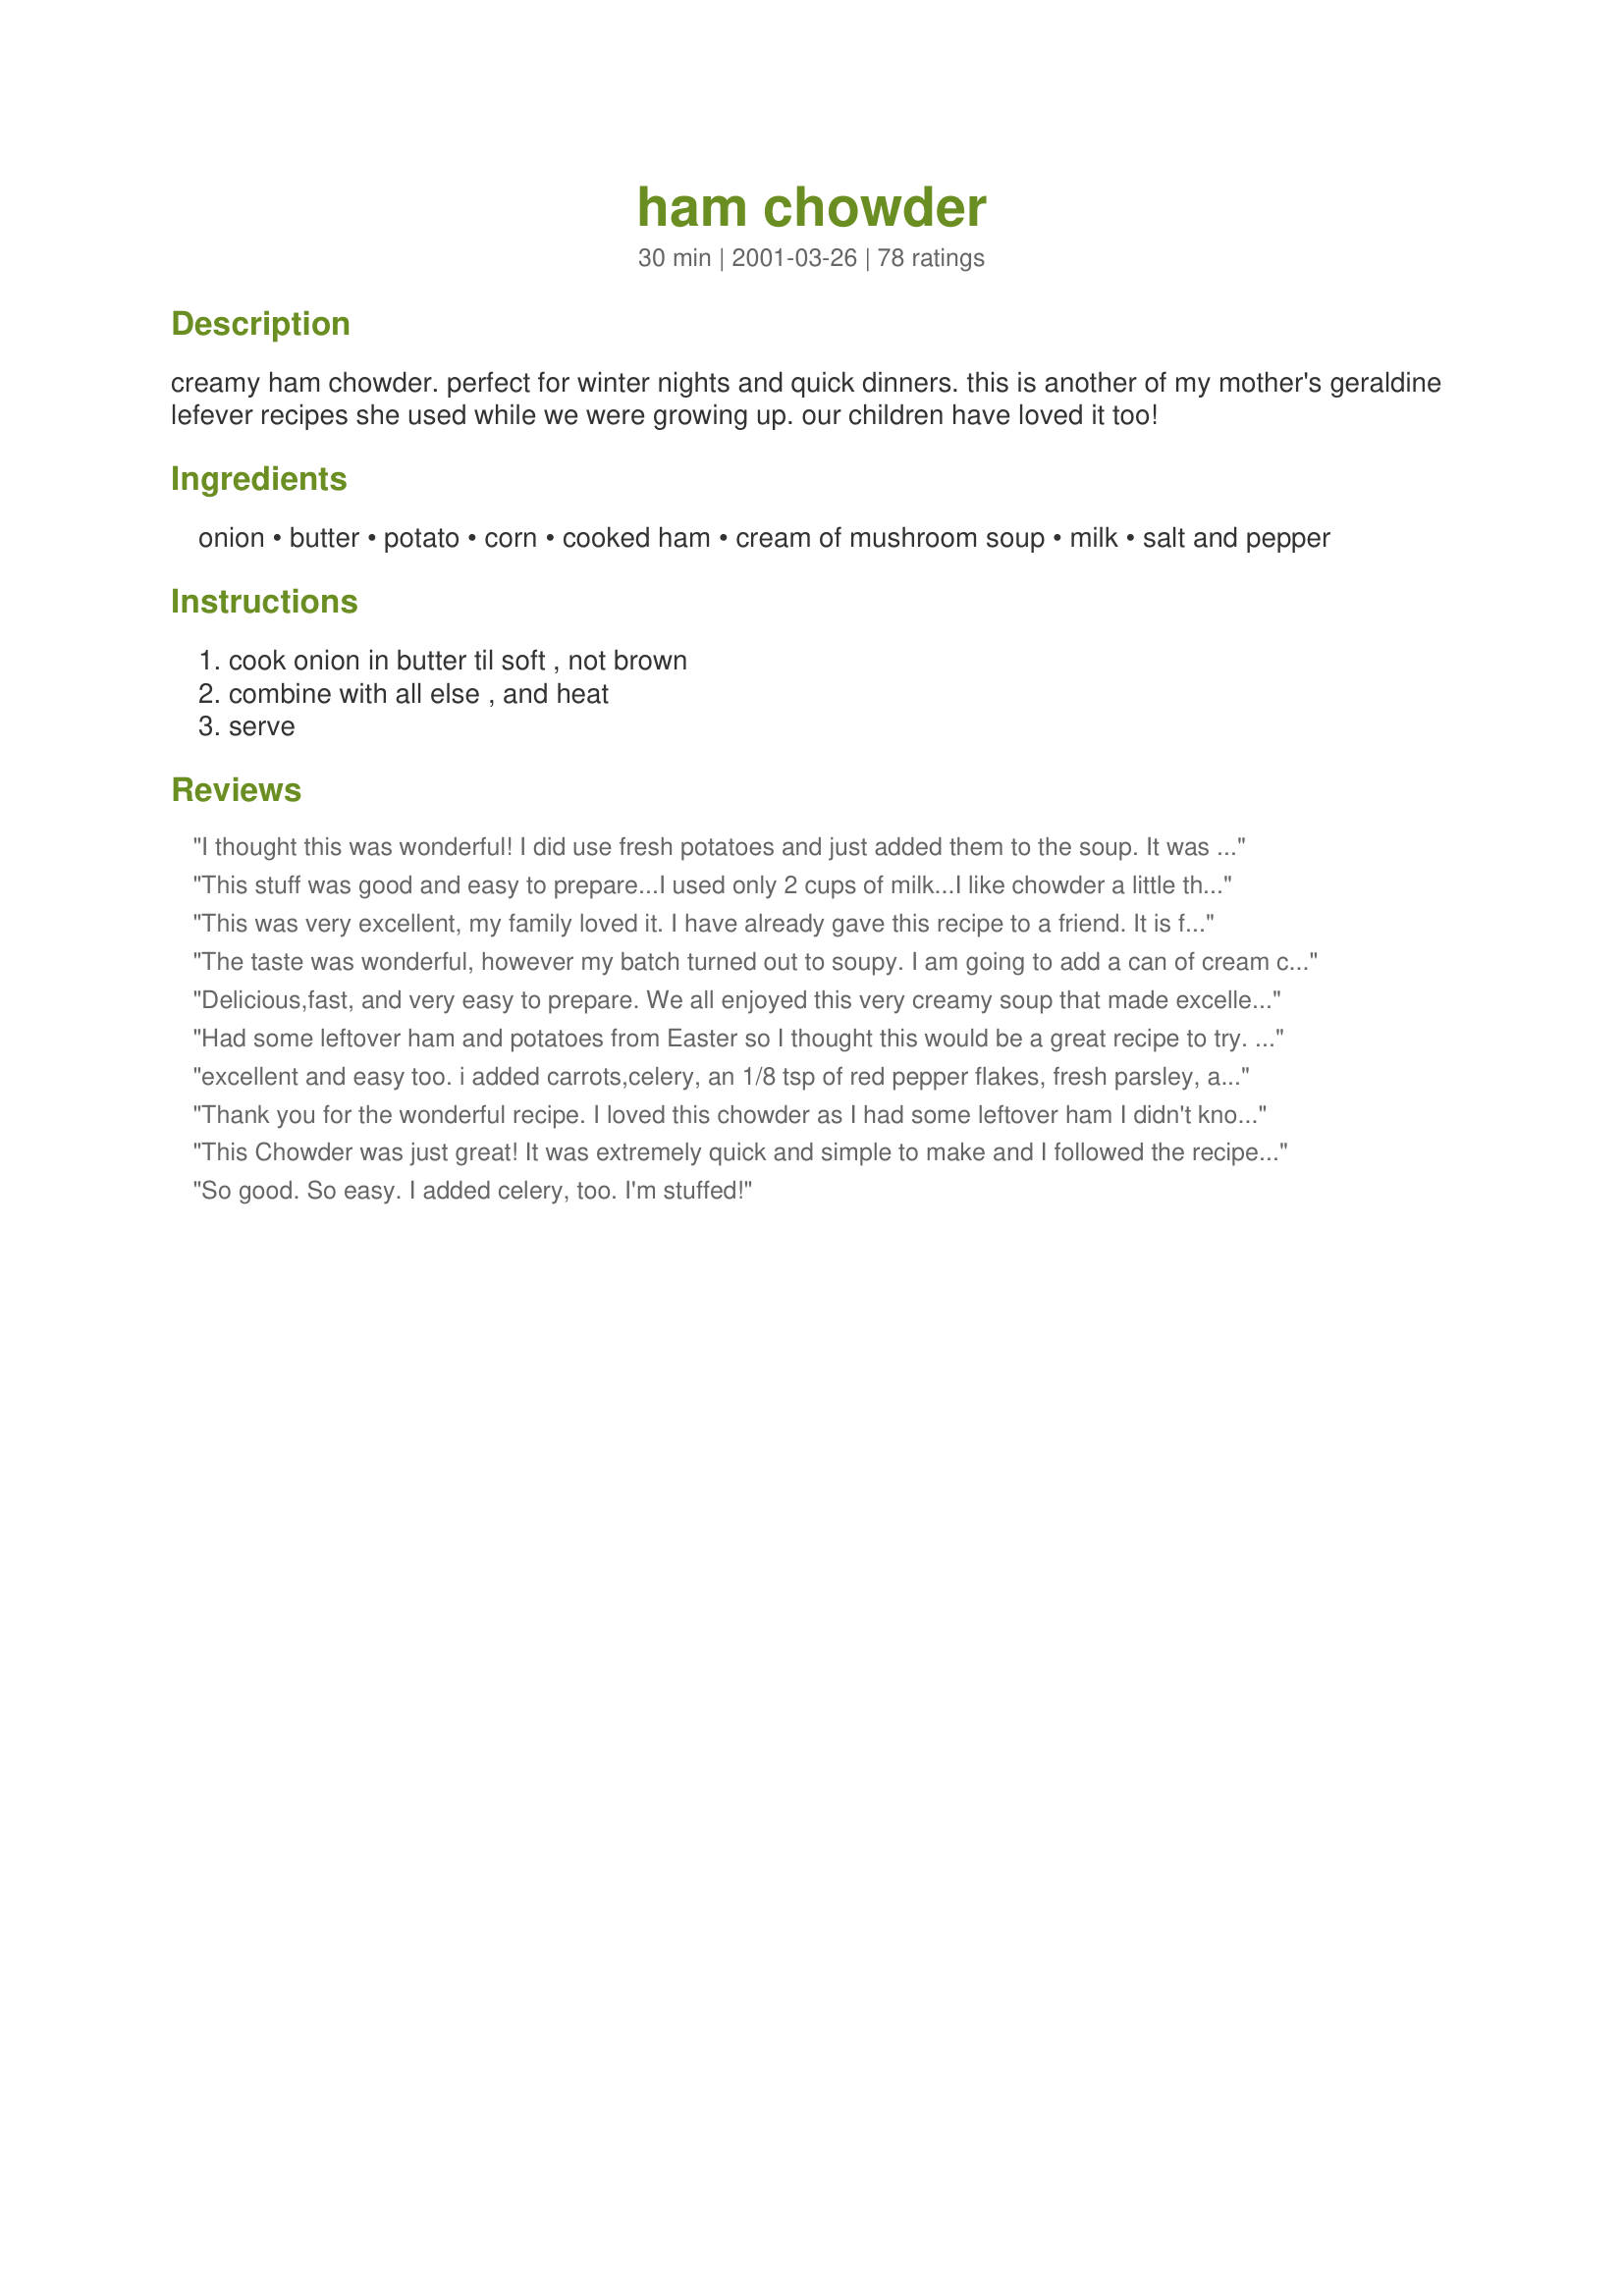
ham chowder
Preparation time: 30 minutes

creamy ham chowder. perfect for winter nights and quick dinners. this is another of my mother's geraldine lefever recipes she used while we were growing up. our children have loved it too!

Ingredients:
onion, butter, potato, corn, cooked ham, cream of mushroom soup, milk, salt and pepper

Steps:
cook onion in butter til soft , not brown, combine with all else , and heat, serve

Reviews:
I thought this was wonderful! I did use fresh potatoes and just added them to the soup. It was great! I also put a little cheese on top. So yummy! This one is a keeper!
Thansk!
This stuff was good and easy to prepare...I used only 2 cups of milk...I like chowder a little thicker...If I make it again, I will cut the milk back even more...Thanks for a good meal...
This was very excellent, my family loved it.
I have already gave this recipe to a friend.
It is fast and easy to make, short cooking time and makes a great meal if you are in a hurry,
I added celery very thinly chopped and a cooked 2 carrot diced with the potato, to add color and taste to the dish. I used red potato keeptthe skin.
The taste was wonderful, however my batch turned out to soupy. I am going to add a can of cream corn to try to thicken up the left overs.
Delicious,fast, and very easy to prepare. We all enjoyed this very creamy soup that made excellent use of leftover ingredients (holiday ham, corn, potatoes etc). I didn't change a thing. Thanks!
Had some leftover ham and potatoes from Easter so I thought this would be a great recipe to try. It was definitely the right choice! After reading the other reviews, I used a can of creamed corn, canned milk, a little chopped celery and added two slices of American cheese. The results were really terrific! Very creamy and rich. So easy!
excellent and easy too. i added carrots,celery, an 1/8 tsp of red pepper flakes, fresh parsley, and chives. good chowder
Thank you for the wonderful recipe. I loved this chowder as I had some leftover ham I didn't know what I was going to do with. I ended up using 1 /12 - 2 cup of ham. I also used FF Half and Half to make a little creamier. It ended up a little too thick (though still delicious) so I would probably use 1/2 milk and 1/2 Half and Half next time. It was great that it was so easy. I anticipate making this regularly.
This Chowder was just great! It was extremely quick and simple to make and I followed the recipe pretty much, but added some grated carrot. I used leftover cottage roll, (minced) it in my food processor. I have shared this recipe with several friends.
So good. So easy. I added celery, too. I'm stuffed!
Great use for leftover ham. Delicious, simple, quick.....I used a can of cream corn and used some chicken broth to cook my potatoes in...No further addition of milk was necessary. This was a perfect Saturday night dinner...Thanks for a great recipe!!!
This is so good! I had to change some things though: we didn't have any potatoes, so I left them out (which was just fine!) While cooking the onion (no butter) I also cooked some green pepper. For the ham, I used julienned ham strips (they came that way!). Also, I only used 2 cups of milk (next time I'll use less). I added a dash of crushed red pepper flakes as well. (I followed a lot of people's suggestions!) It turned out delicious! Thanks for posting!
I had leftover ham to use and I made this and the whole family loved it!! My DH even had two bowls and he is a picky eater. I doubled the recipe (good thing since we only had a little bit left) I will be making this again. Thanks!
A great way to use up a few Easter dinner leftovers!
This was a wonderfully quick & tasty chowder. My husband really enjoys chowders, but he likes them chalked full, so I doubled the ham & the potatoes, while leaving the other ingredients the same. We really enjoyed this. I did make some minor changes, similar to the ones others have made. I decided to try cream of asparagus soup instead. I also only had cream corn, so I used that. I then only used 2 cups of milk. This is truely a versitile recipe.
This is only ok. Recipe #262140 Cheesy Ham and Potato Soup is way better.
We love this soup!! Thank you for posting. I, too, didn't use milk and just used the water that the potatoes cooked in, for the desired nutrients. It was still very creamy. I added all the other ingredients to the potato pot, throwing in some extra veggies as well (diced green bell pepper and frozen peas). Like some of the other reviewers, I also used creamed corn instead of regular, fat-free instead of regular mushroom soup, EVOO instead of butter, and some low fat shredded cheese to top it. I added a little cayenne pepper for kick too. This soup was a big hit! I'm sure I'll be making this over and over again. :)
I liked this chowder okay.. but my husband hated it. I thought it tasted more like cream of mushroom and corn, but my husband thought it tasted like hot milk and onions. I won't be making it again, for his sake.
Great recipe for leftover ham. Delicious & easy. I also added celery, but also added fresh parsley & a few shots of hot sauce at the end.
A very good soup and a great way to use leftover ham. I used only 1/4 cup of onions (personal preference)...otherwise I followed the recipe as posted. A comforting soup!
Simple to put together but doesn't taste like a thrown together meal. Made it as directed, but I can see that this is one where if you have some vegetables in the crisper that you need to use up, it would work well for that too. Definitely going to put this one into rotation
This was easy to make since I had everything on hand. My family just didn't go crazy over it. We added cheese to give it a little extra flavor.
This was so quick, easy, and FABULOUS! My 8 year old raved, and my DH had thirds and took it to work today. I did not follow the recipe exactly, but close. Added and used what I had in my fridge to the basic ingredients found here. I, too, cut back on the liquid
Very yummy! Made a double batch so hubby could take some to work the next day...wasn't enough left!
My family loved this. It was so easy to make. I followed most of the recipe, but added celery as someone else recommended. I wanted a little more soup than it made, so I added a little more of each thing and a can of cream of celery. I also used raw potatoes and browned them a little in the butter with the onions. I was so pleased with the taste. The ham was definatley a strong flavor in this. Thank you for posting this. It was easy to follow, but also easy to alter for my family.
The husband gobbled it up and went back for seconds...that RARELY happens! Even the 6 year old took a few bites w/o dying. I followed Mystery Girl and added 1 can of cream of corn in place of drained corn and only 1 cup of milk. YUM.
Wonderful soup! Great tasting and easy to make!This is the kind of recipe that makes me LOVE Recipezaar! Thanks for sharing!
Thank you for sharing this great recipe! I did make some changes to use up my Easter leftovers~ I boiled the ham bone and used some of the water and I added my mashed potatoes (2 1/2 cups)instead of the cream of mushroom soup. Other than that, I followed your directions and it is great!
This is great. I added a handful of chopped green peppers and some fresh mushrooms with the onions. Also, after I started making this I discovered that there wasn't any milk, so I used frozen creamed corn instead of regular corn for creaminess and then added some of the water from cooking the potatos. This is a wonderful dish and I have now made it twice this week to use up leftover ham.
This was a different and tasty way to use up some of that leftover ham from Christmas. My husband loved it. The children liked it too. It is hard for me to find something that everyone in the house likes, but this did it. It was very creamy and so easy to put together! Thanks for the great new soup.
This was very goo. My husband and daughter loved it, no leftovers to speak of.
I loved this recipe, giving it 4 stars because I added some extras. first I used one whole sweet onion, left out the potatoes, added more corn and ham, used 2 cans of mushroom soup. I wanted it thicker so I added a little heavy cream, seasoned with garlic powder, salt, pepper and Tony's Creole. Also added about 1 T of cream cheese and a touch of sugar to even out the flavors. I sent a bowl to my husband's grandmother who is in the hospital right now and she raved about it. Thanks for a great base recipe that is forgiving when you play around with the ingredients. I will make this again.
ditto everyone else's positive comments. this soup was simple and perfect. i used about a cup of half n half instead of milk to make it creamier and added some grated carrot and cheddar. everyone should try this chowder, it's that good.
I used skim milk and reduced fat cream of mushroom soup and it was still creamy and delicious! Thank you for sharing, I really enjoyed this.
I do not eat chowder so I was courious to how my family would like it. It was so easy and everyone loved it!! It is truly the perfect size batch for using up left overs in a creative way!!!
I was searching for soups,stews and chowders to use up my left over ham ( on bone) and I am going to try this one. There are alot of eye catching recipes, but I have all this on hand. A great way to use up the last of that bag of potatoes and use some of that home grown frozen corn I worked so hard on ! I will use the advice on the milk, and add it a little at a time for preferred consistancy. I am boiling the ham off the bone so there will be some natural ham broth in my chowder. I'll post for other viewers. THanKs !
Just like my mom made. A little too milky. Next time I'll add more potatoes. Comfort food.
Made this last night. Absolutely wonderful! Used extra taters, and ham, and milk (I wanted more then just four servings), also, added a couple of good shakes cayenne pepper for a little zing. Grated come gruyere over the top of my steaming bowl and had with two pieces of some really good garden vegetable wheat toast. Perfect!
I made this for my family, and friends, and they raved about it. Very easy to make, and tastes great. Thanks for sharing.
Of course this is great! I loved it when you first made it for me 33 years ago. All my family enjoys this recipe. Thanks dear friend! Elaine
My favorite kind of recipe,easy quick,filling and yummy!We enjoyed it very much just as written,and it is nice to know I can play with it and add other ingredients without ruining the recipe!
I made this last night for dinner. My family liked it and I will make again as it was simple and quick to prepare. I didn't use as much ham as asked for only because I didn't have enough. I will make this again on those game night when time is tight. Thank you for posting.
A "must have" for leftover ham!
Deliciuos! I used a little less milk so it would be thicker and added some cheese and scallions before serving.
I LOVE this chowder! It is so quick, easy and delicious. Made with left-over ham, it's very economical as well. Everyone loved this. Thanks Ann, for a great way to use up left-over ham.
I tried this recipe with my leftover ham from Christmas. It was very quick and easy to make. I added peppers and carrots. My family enjoyed it very much!
Very easy to prepare and delicious. What a wonderful way to use leftover ham and potatoes. Thanks for posting!
Prepared as written but found the result to be rather bland. All my ingredients were high grade - the ham wasn't leftover, I actually removed the portion needed for this before we ate the remainder on New Year's day. The basis of the recipe is okay, it just needs doctoring. So actually I'll say thanks for the recipe - I will be using it as a step-off point.
Excellent! Instead of the cooked potatoes, I used 3/4 cup of instant potato flakes. I like my chowders thicker, and this made it nicely thick. I also used 2 cups of ham because I am a 250lb meat eater. The amount of pepper I used was 1/2 teaspoon. My wife thought it was a little too hot, but I thought it was just right. Thanks for the keeper.
What a lovely soup! I had no corn (whoops!), so I subbed frozen peas. Like other reviewers, I've put the potatoes in raw and let them cook for an hour. I also has some leftover celery and cauliflower that needed to be used up, so they were tossed in. Great meal! I think I may add some paprika next time. Thanks so much!
This was awsome! I have never had chowder before and wasnt sure if i was going to like it, but it was great! i used a can of creamed corn, and filled up the soup can with milk and that was perfect. Topped with a sprinkle of cheddar and chopped parley flakes. Excellent way to use up ham. Thanks, i will def make this again.
Very simple soup but tasty. I cooked the potato in the soup. I added a little arrow root to thicken and a little bit of thyme. Topped it with bacon bits and sharp cheddar. Oh, I did use cream corn instead of regular corn, as was suggested. 

If you want to cut the calories, I made this with skim milk (2c)and reduced fat cream of mushroom. The ham I used was Healthy Choice from the deli, cut off in one thick slice. They only had the sweet ham and I wanted smoked but I was afraid the salt would be too much.
THIS IS GREAT. MY HUSBAND LIKES CLA CHOWDER, I DO NOT. WE BOTH LOVE HAM, AND THIS WAS SOOOOO GOOOOD. I EVEN PLAN ON SERVING IT ON SUPER BOWL SUNDAY. MY GUESTS WILL LOVE IT TOO.
THANK YOU FOR SHARING THIS WITH ALL OF US.
BLESS YOU,
DEBRA TOTH

My DH says this is his favorite soup now. I put my potatoes in raw as someone else had mentioned, and just let the potatoes cook with the soup. I put it all together and let it cook on low for about an hour. Great way to use leftover ham. Thanks for sharing such a wonderful family recipe :)
This recipe was really easy and tasty. I was afraid with such few ingredients, it wouldn't have any taste, but it was great. I had to let it cook down a bit so that it would be thicker, but I didn't add a thing. Thanks for sharing!
I made this last night on a cold winter eve, after a day of Christmas shopping, putting up the Christmas tree, and drinking eggnog. It was perfect for this occasion - a warm, hearty, comforting chowder, that was a breeze to put together, and tasted delicious! I made this, just as directed, with some added spices and a few dashes of hot sauce. Wonderful, easy, homemade-tasting chowder - Mmmmmm!
This was really delicious, although I don&#039;t use canned soup, so I added extra butter and flour with the saut&eacute;ed onions, as well as chopped mushrooms and peppers. I didn&#039;t have any cooked potatoes on hand, so I just diced them very small and boiled for an extra 10 minutes until tender. This is going in the regular rotation!
I loved how easy this was! very yummy. Used creamed corn and added some bell pepper. Thanks for posting.
We liked this very much. Quick and easy. Thanks for posting.
For ease of preparation and cleanup, I microwaved the potatoes, then quartered them and added to the chowder. It turned out great. Very flavorful. For dinner, all I needed was a small bowl of this and a glass of Diet Coke!
Wonderful! Made it tonight with leftover Christmas ham. My entire family loved it. Will make again.
Wonderful! We really enjoyed this. Another family favourite.
This was way too easy and tastes awesome! Everyone loved it! I doubled the recipe and used a can of cream corn instead of second can of corn. I may have added a little to much water because I had to thicken it with some corn starch. Super easy and sooo creamy!! The possibilities on variations is endless! This is a keeper, thank you for posting.
Isn't Campbells great? This is a soup for real women with real lives (and zero time.)
I looked at the clock, and realized starting a regular dinner was out of the question. This soup came to the rescue and did it well.

I used sweet potatoes, just because I thought they would add a little color and sweetness that would go well with the ham. They did.

I also used 1 can evaporated milk and for the rest of the 2 1/2 cups milk I used 1/2 and 1/2 because I was out of milk. It was nice and creamy as a result (probably not as healthy.)

I didn't try this, but next time I'll try adding a little red bell pepper or pimento.

I garnished the soup with grated cheddar cheese, and it was extra yummy in combination.

Thanks for one of those save your day recipes for when your back's to the wall.
This is a wonderful so easy recipe to make, it was absolutly delicious. My husband raved about it, and how good it would taste with shrimp or chicken also. If you love chowder, you won't be disappointed !
This was a quick and easy comfort food recipe. It was very flavorful. Will be making again. Followed the recipe exactly and see no need to make any changes. Thanks for posting it.
We have made this soup 3 times now, once with ham and twice with chicken. The second time we used 2 cans of soup and the last time I used the cream style corn, which made the soup thicker. My family loves it and thanks you for sharing the recipe!
So good! Really easy too - perfect for a quick but yummy weeknight dinner. I also put the potatoes in raw and let it cook on low for about an hour.
I added a handful of cheese and chicken stock to make it where we wanted it. This is the second time I am making this month. It did not last very long the 1st time. Great way for us to use leftover ham. Thanks.
What great additions you all have thought of to the soup! Actually, mystery girl, I use canned milk ( 1 1/4 Cup) so I can use the potato water too. So full of nutrients. Haven't tried any of your additions yet. We still love it plain and simple, fast and cheap. It is our comfort food all winter. LOL Thanks for all the comments. What a nice group of people you all are. Ann
Made this for the first time last night....it was awesome!! I brought it to work today and gave some to my friend and she LOVED it!!! It was easy to make!!! Worth making again!!
My family loved this recipe! I had leftover ham from Easter and I am not a huge ham fan, so I thought I would try to make something with the leftovers. We decided on this recipe. It was wonderful. I did use cream of celery since I am allergic to mushrooms and I used 1/2 cup cream and 2 cups milk. Other than that, I stuck to the recipe. It was creamy and very tasty. We will be making this again. Thanks for a great recipe!
A delightful winter soup! We ate it twice in one day! Added some cheese to top it off.
Wow, what a great recipe Ann. We really enjoyed this hearty and filling soup. I loved using the mushroom soup as a base for the soup, made it really quick and easy to make. I didn&#039;t have any corn so I used green peas and carrots, which worked really well in this dish. Thank you for sharing your recipe we have a new family favorite.
Have you ever observed 3 teenagers and a grown man trying to lick their bowl? This is wonderful: great flavor, texture,simple to make!. I normally follow the recipe exactly however, today I was trying empty the fridge and added 3/4 cup cooked floweerets from cauliflower, 1 1/2 ounce of cream cheese and 1/3 cup of sour cream at the end just melting the cheese and blending in the sour cream. WOW!! Thanks Ann for sharing this great recipe!!
i made a double recipe thinking i could have leftovers for lunch the next day. 4 people ate it and it never saw the fridge! easy peasy to put together and absolutely delicious. I added a bit more potato, milk and a handful of shredded carrots to use them up. Thanks for an easy recipe that tastes like it took all day!
This is the greatest. Start of doubling the recipe because you will want more right away.
love it!!!!
This was good and very easy! Makes a great weeknight meal using leftover ham. I added green onions and shredded cheese to each bowl before serving. Thanks for the recipe!
